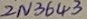
Text: 2N3643